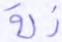
ذلة